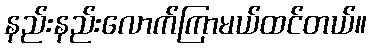
နည်းနည်းလောက်ကြာမယ်ထင်တယ်။